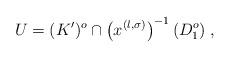
LaTeX: \begin{align*} U = (K')^o \cap \left( x^{(l, \sigma)} \right) ^{-1} (D_1^o) \; , \end{align*}